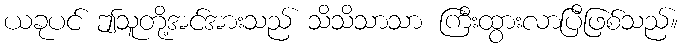
ယခုပင် ဤသူတို့အင်အားသည် သိသိသာသာ ကြီးထွားလာပြီဖြစ်သည်။